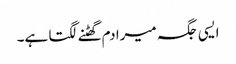
ایسی جگہ میرا دم گھٹنے لگتا ہے۔